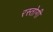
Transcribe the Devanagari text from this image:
रस्‍तोगी